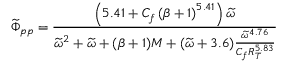
\widetilde { \Phi } _ { p p } = \frac { \left( 5 . 4 1 + C _ { f } \left( \beta + 1 \right) ^ { 5 . 4 1 } \right) \widetilde { \omega } } { \widetilde { \omega } ^ { 2 } + \widetilde { \omega } + ( \beta + 1 ) M + ( \widetilde { \omega } + 3 . 6 ) \frac { \widetilde { \omega } ^ { 4 . 7 6 } } { C _ { f } R _ { T } ^ { 5 . 8 3 } } }